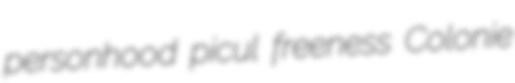
personhood picul freeness Colonie